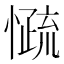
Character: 𰒓